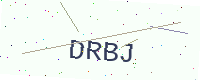
Text: DRBJ